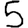
Digit: 5